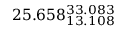
2 5 . 6 5 8 _ { 1 3 . 1 0 8 } ^ { 3 3 . 0 8 3 }